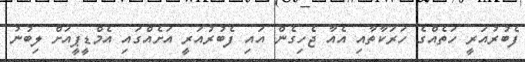
ފެބުރުއަރީ ހަތެއްގެ ހަރަކާތާއި އެއާ ޖެހިގެން އައި ފެބުރުއަރީ އަށެއްގައި އެމްޑީޕީއަށް ލިބުނު